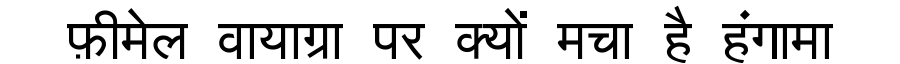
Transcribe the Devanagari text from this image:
फ़ीमेल वायाग्रा पर क्यों मचा है हंगामा